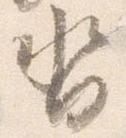
沓